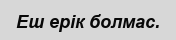
Еш ерік болмас.